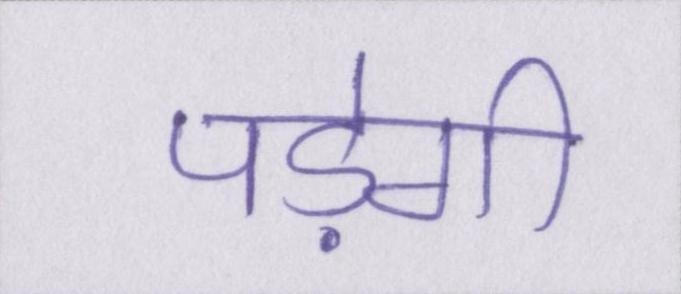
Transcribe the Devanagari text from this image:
पड़ेगी